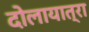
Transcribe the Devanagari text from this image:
दोलायात्रा